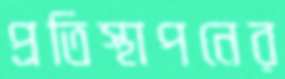
প্রতিস্থাপনের